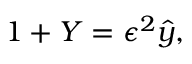
1 + Y = \epsilon ^ { 2 } \hat { y } ,